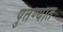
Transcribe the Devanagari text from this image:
पुतण्यात